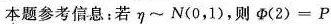
本题参考信息：若η~N(0，1)，则$$φ ( 2 ) = P